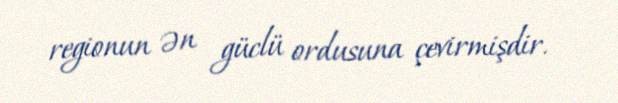
regionun ən güclü ordusuna çevirmişdir.